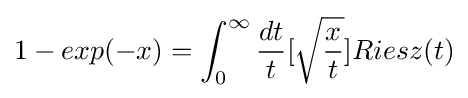
1-exp(-x)=\int _{0}^{\infty }{\frac {dt}{t}}[{\sqrt {\frac {x}{t}}}]Riesz(t)